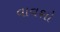
વાવશો